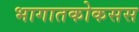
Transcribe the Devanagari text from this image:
भागातकोकसस